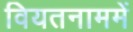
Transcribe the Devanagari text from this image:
वियतनाममें